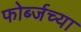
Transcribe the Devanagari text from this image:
फोर्ब्जच्या